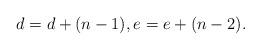
LaTeX: \begin{align*} d_{} = d+(n-1), e_{} = e+ (n-2).\end{align*}